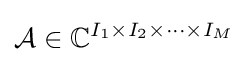
{\mathcal {A}}\in {\mathbb {C} }^{I_{1}\times I_{2}\times \cdots \times I_{M}}